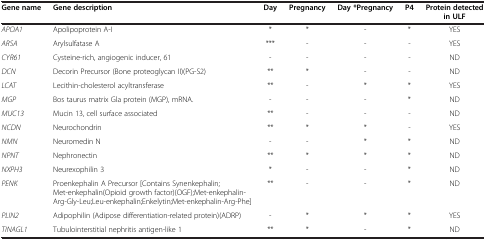
| Gene name | Gene description | Day | Pregnancy | Day *Pregnancy | P4 | Protein detected in ULF |
 | --- | --- | --- | --- | --- | --- | --- |
 | APOA1 | Apolipoprotein A-I | * | * | - | * | YES |
 | ARSA | Arylsulfatase A | *** | - | - | - | YES |
 | CYR61 | Cysteine-rich, angiogenic inducer, 61 | - | - | - | - | ND |
 | DCN | Decorin Precursor (Bone proteoglycan II)(PG-S2) | ** | * | - | - | ND |
 | LCAT | Lecithin-cholesterol acyltransferase | ** | - | * | * | YES |
 | MGP | Bos taurus matrix Gla protein (MGP), mRNA. | - | - | - | * | ND |
 | MUC13 | Mucin 13, cell surface associated | ** | - | - | - | ND |
 | NCDN | Neurochondrin | ** | * | * | - | YES |
 | NMN | Neuromedin N | - | - | * | * | ND |
 | NPNT | Nephronectin | ** | * | * | * | ND |
 | NXPH3 | Neurexophilin 3 | * | - | - | * | ND |
 | PENK | Proenkephalin A Precursor [Contains Synenkephalin;Met-enkephalin(Opioid growth factor)(OGF);Met-enkephalin-Arg-Gly-Leu;Leu-enkephalin;Enkelytin;Met-enkephalin-Arg-Phe] | ** | - | - | * | ND |
 | PLIN2 | Adipophilin (Adipose differentiation-related protein)(ADRP) | - | * | * | * | YES |
 | TINAGL1 | Tubulointerstitial nephritis antigen-like 1 | ** | * | - | * | ND |